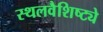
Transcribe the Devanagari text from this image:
स्थलवैशिष्ट्ये